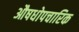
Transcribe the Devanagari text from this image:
औषधोपचारिक